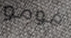
مومو